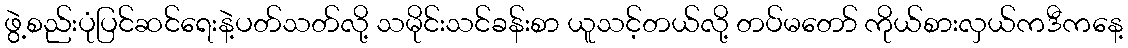
ဖွဲ့စည်းပုံပြင်ဆင်ရေးနဲ့ပတ်သတ်လို့ သမိုင်းသင်ခန်းစာ ယူသင့်တယ်လို့ တပ်မတော် ကိုယ်စားလှယ်ကဒီကနေ့